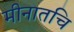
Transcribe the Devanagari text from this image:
मीनातचि